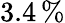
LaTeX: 3.4\, \%